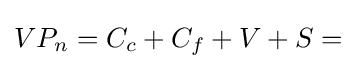
VP_{n}=C_{c}+C_{f}+V+S=